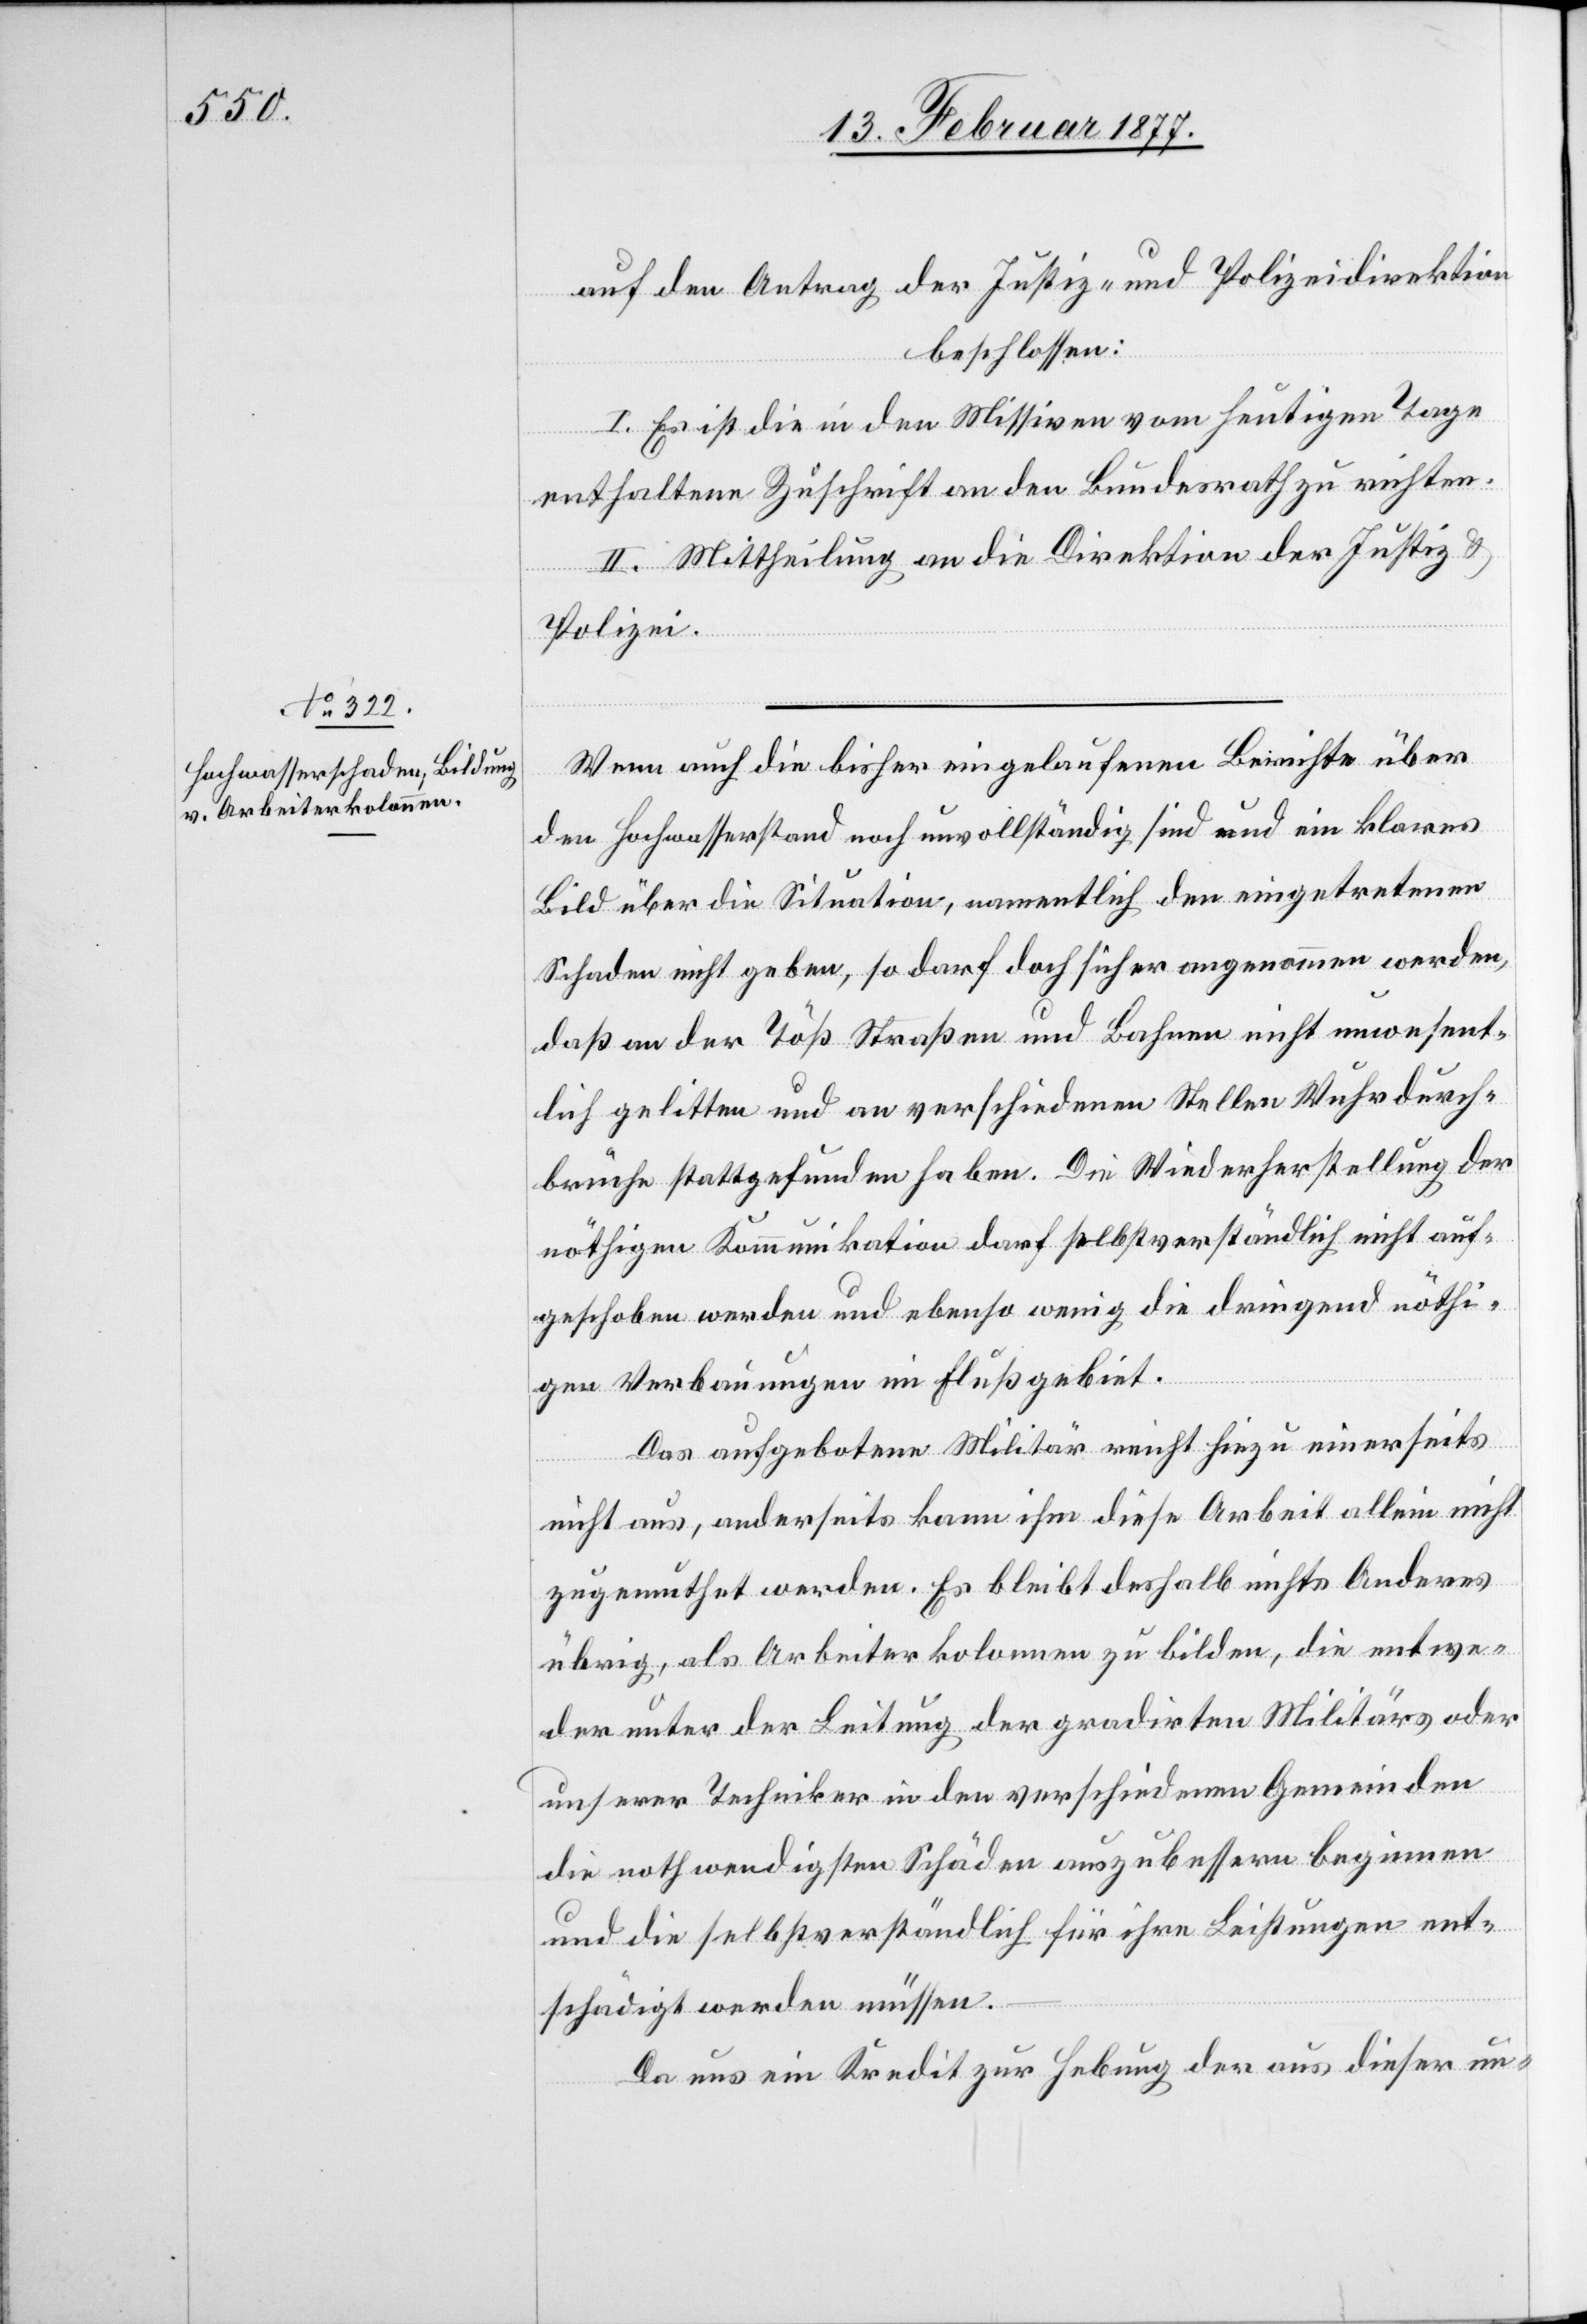
14. Februar 1877.]
auf den Antrag der Justiz- und Polizeidirektion
beschlossen:
I. Es ist die in den Missiven vom heutigen Tage
enthaltene Zuschrift an den Bundesrath zu richten.
II. Mittheilung an die Direktion der Justiz &
Polizei.
Wenn auch die bisher eingelaufenen Berichte über
den Hochwasserstand noch unvollständig sind und ein klares
Bild über die Situation, namentlich den eingetretenen
Schaden nicht geben, so darf doch sicher angenommen werden,
daß an der Töß Straßen und Bahnen nicht unwesent¬
lich gelitten und an verschiedenen Stellen Wuhrdurch¬
brüche stattgefunden haben. Die Wiederherstellung der
nöthigen Kommunikation darf selbstverständlich nicht auf¬
geschoben werden und ebenso wenig die dringend nöthi¬
gen Verbauungen im Flußgebiet.
Das aufgebotene Militär reicht hiezu einerseits
nicht aus, anderseits kann ihm diese Arbeit allein nicht
zugemuthet werden. Es bleibt daher nichts Anderes
übrig, als Arbeiterkolonnen zu bilden, die entwe¬
der unter der Leitung der gradirten Militärs oder
unserer Techniker in den verschiedenen Gemeinden
die nothwendigsten Schäden auszubessern beginnen
und die selbstverständlich für ihre Leistungen ent¬
schädigt werden müssen.
Da uns ein Kredit zur Hebung der aus dieser un-